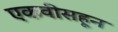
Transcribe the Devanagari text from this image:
एकवीसहून